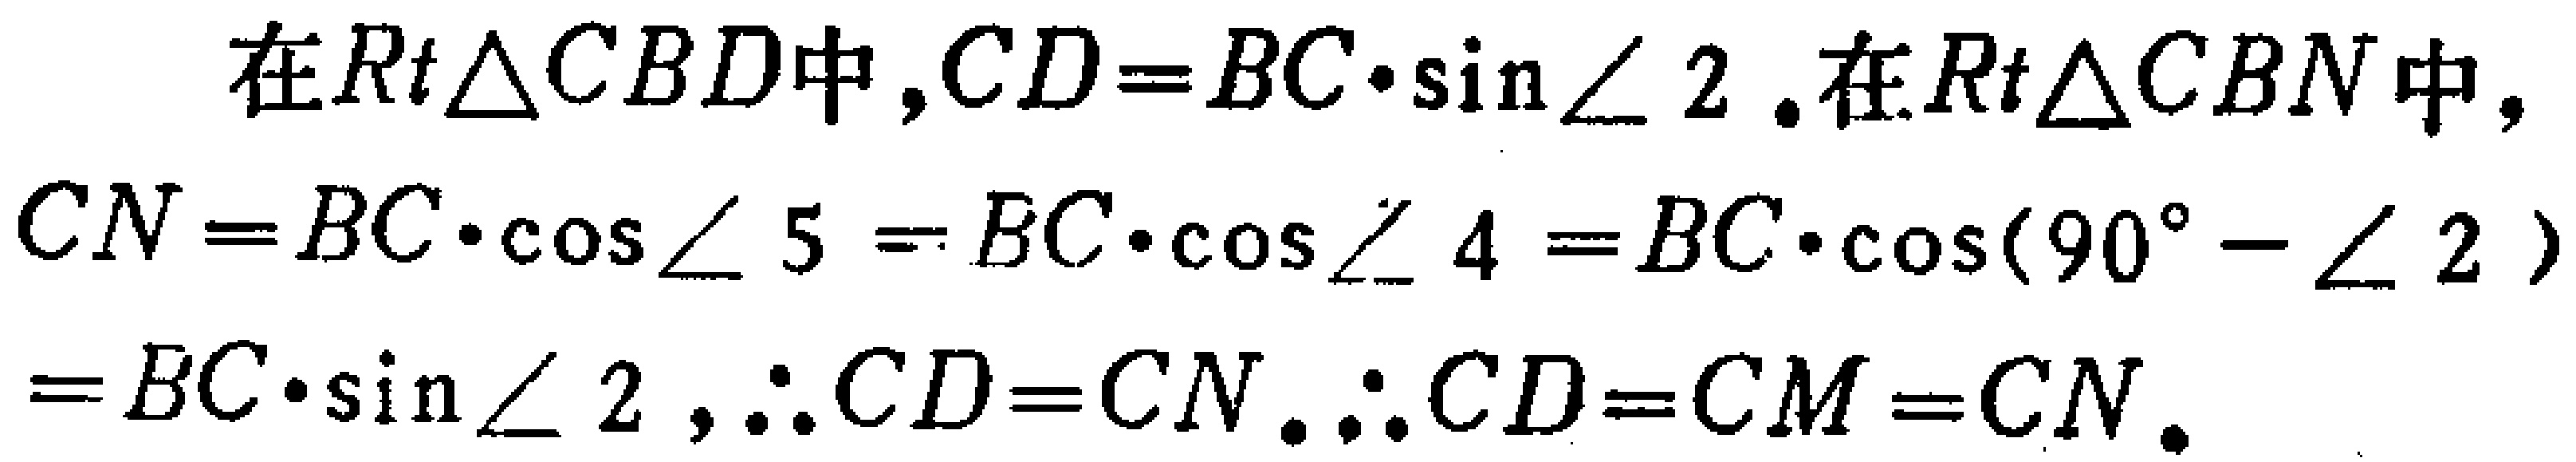
在$Rt\triangle CBD$中,$CD = BC\cdot\sin\angle 2$.在$Rt\triangle CBN$中,
$CN = BC\cdot\cos\angle 5 = BC\cdot\cos\angle 4 = BC\cdot\cos(90^{\circ}-\angle 2)$
$= BC\cdot\sin\angle 2$,$\therefore CD = CN$.$\therefore CD = CM = CN$.